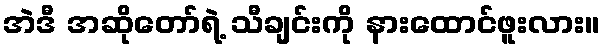
အဲဒီ အဆိုတော်ရဲ့ သီချင်းကို နားထောင်ဖူးလား။